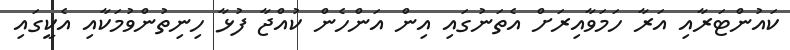
ކައުންޓަރާއި އަރާ ހަމަވާއިރަށް އެތަނުގައި އިން އަންހެން ކުއްޖާ ފުޅާ ހިނިތުންވުމަކާއި އެކީގައި